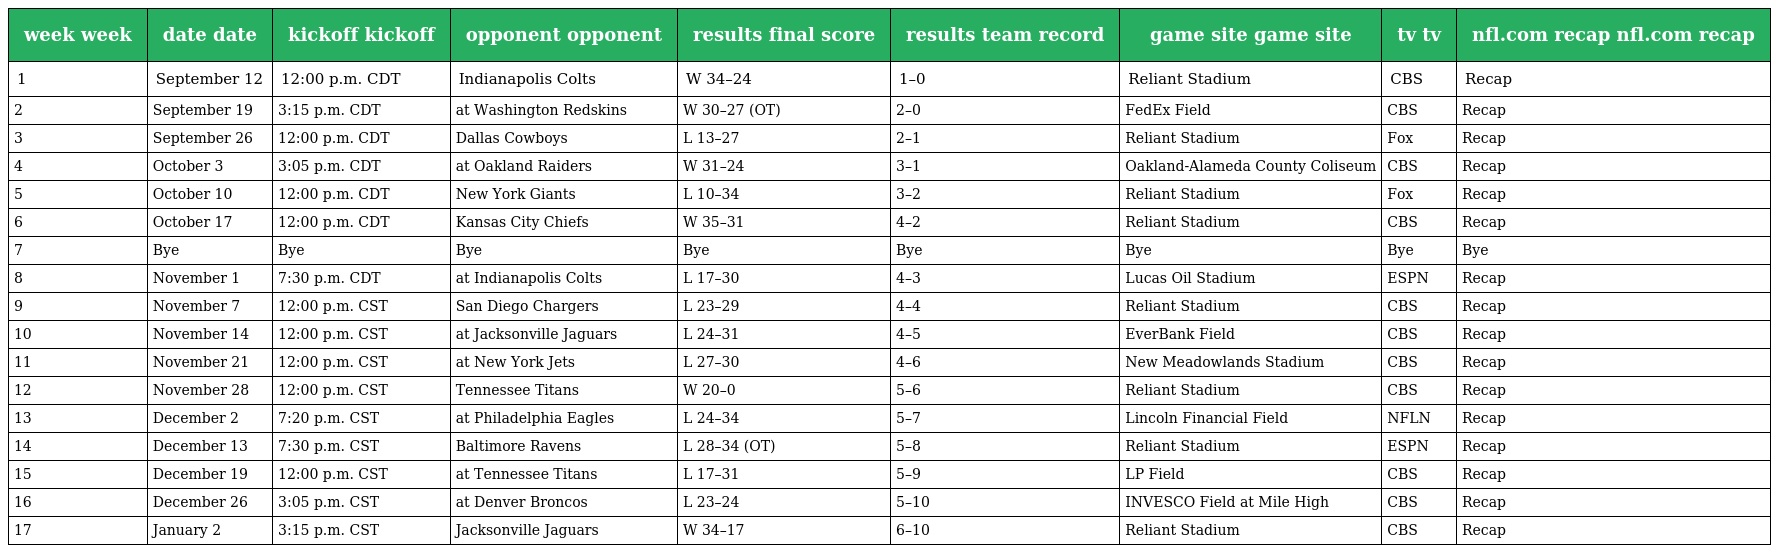
| week week | date date | kickoff kickoff | opponent opponent | results final score | results team record | game site game site | tv tv | nfl.com recap nfl.com recap |
 | --- | --- | --- | --- | --- | --- | --- | --- | --- |
 | 1 | September 12 | 12:00 p.m. CDT | Indianapolis Colts | W 34–24 | 1–0 | Reliant Stadium | CBS | Recap |
 | 2 | September 19 | 3:15 p.m. CDT | at Washington Redskins | W 30–27 (OT) | 2–0 | FedEx Field | CBS | Recap |
 | 3 | September 26 | 12:00 p.m. CDT | Dallas Cowboys | L 13–27 | 2–1 | Reliant Stadium | Fox | Recap |
 | 4 | October 3 | 3:05 p.m. CDT | at Oakland Raiders | W 31–24 | 3–1 | Oakland-Alameda County Coliseum | CBS | Recap |
 | 5 | October 10 | 12:00 p.m. CDT | New York Giants | L 10–34 | 3–2 | Reliant Stadium | Fox | Recap |
 | 6 | October 17 | 12:00 p.m. CDT | Kansas City Chiefs | W 35–31 | 4–2 | Reliant Stadium | CBS | Recap |
 | 7 | Bye | Bye | Bye | Bye | Bye | Bye | Bye | Bye |
 | 8 | November 1 | 7:30 p.m. CDT | at Indianapolis Colts | L 17–30 | 4–3 | Lucas Oil Stadium | ESPN | Recap |
 | 9 | November 7 | 12:00 p.m. CST | San Diego Chargers | L 23–29 | 4–4 | Reliant Stadium | CBS | Recap |
 | 10 | November 14 | 12:00 p.m. CST | at Jacksonville Jaguars | L 24–31 | 4–5 | EverBank Field | CBS | Recap |
 | 11 | November 21 | 12:00 p.m. CST | at New York Jets | L 27–30 | 4–6 | New Meadowlands Stadium | CBS | Recap |
 | 12 | November 28 | 12:00 p.m. CST | Tennessee Titans | W 20–0 | 5–6 | Reliant Stadium | CBS | Recap |
 | 13 | December 2 | 7:20 p.m. CST | at Philadelphia Eagles | L 24–34 | 5–7 | Lincoln Financial Field | NFLN | Recap |
 | 14 | December 13 | 7:30 p.m. CST | Baltimore Ravens | L 28–34 (OT) | 5–8 | Reliant Stadium | ESPN | Recap |
 | 15 | December 19 | 12:00 p.m. CST | at Tennessee Titans | L 17–31 | 5–9 | LP Field | CBS | Recap |
 | 16 | December 26 | 3:05 p.m. CST | at Denver Broncos | L 23–24 | 5–10 | INVESCO Field at Mile High | CBS | Recap |
 | 17 | January 2 | 3:15 p.m. CST | Jacksonville Jaguars | W 34–17 | 6–10 | Reliant Stadium | CBS | Recap |